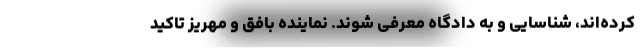
کرده‌اند، شناسایی و به دادگاه معرفی شوند. نماینده بافق و مهریز تاکید